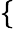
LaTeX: \{